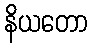
နိယတော